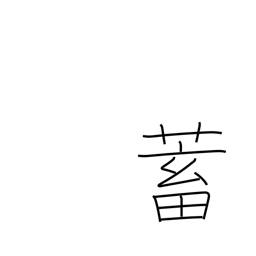
Meaning: store